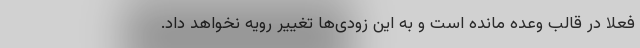
فعلا در قالب وعده مانده است و به این زودی‌ها تغییر رویه نخواهد داد.